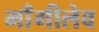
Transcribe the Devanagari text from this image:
माँगीलेव